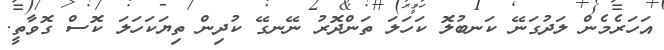
އަހަރެމެން ލަދުގަނޭ ކަނބުލޮ ކަހަލަ ތަންދޮރު ނޭނގޭ ކުދިން ތިޔަކަހަލަ ކޮސް ގޮވާތީ.